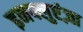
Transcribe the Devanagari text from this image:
इनफ्लुएंज़ा